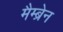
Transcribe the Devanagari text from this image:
मैम्ब्रेन